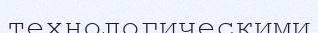
технологическими